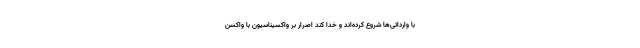
با وارداتی‌ها شروع کرده‌اند و خدا کند اصرار بر واکسیناسیون با واکسن